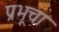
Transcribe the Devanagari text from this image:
प्रभूचा